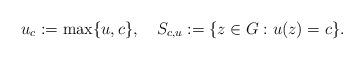
LaTeX: \begin{align*}u_c:=\max\{u,c\},\,\,\,\,\,\, S_{c,u}:=\{z\in G:u(z)=c\}.\end{align*}